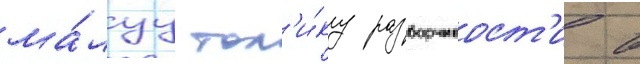
ма́луу тол'и́ку разборчивост'и в